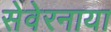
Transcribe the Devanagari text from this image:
सेवेरनाया